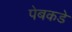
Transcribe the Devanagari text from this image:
पेबकडे